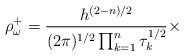
LaTeX: \begin{align*}\rho^{+}_{\omega}=\frac{h^{(2-n)/2}}{(2\pi )^{1/2}\prod_{k=1}^{n}\tau_{k}^{1/2} } \times\end{align*}